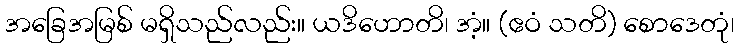
အခြေအမြစ် မရှိသည်လည်း။ ယဒိဟောတိ၊ အံ့။ (ဧဝံ သတိ) စောဒေတုံ၊